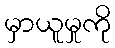
မှာယူမှုကို